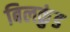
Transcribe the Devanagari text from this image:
बिलकुंड